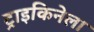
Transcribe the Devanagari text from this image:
ट्राइकिनेला